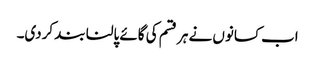
اب کسانوں نے ہر قسم کی گائے پالنا بند کردی۔